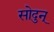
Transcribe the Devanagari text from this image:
सोदुन्